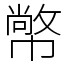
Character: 幤